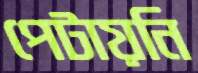
পেটায়নি